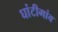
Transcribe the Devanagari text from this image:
घांटीगांव